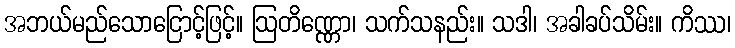
အဘယ်မည်သောငြောင့်ဖြင့်။ ဩတိဏ္ဏော၊ သက်သနည်း။ သဒါ၊ အခါခပ်သိမ်း။ ကိဿ၊